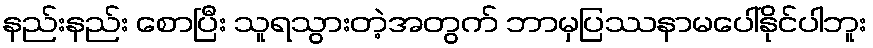
နည်းနည်း စောပြီး သူရသွားတဲ့အတွက် ဘာမှပြဿနာမပေါ်နိုင်ပါဘူး